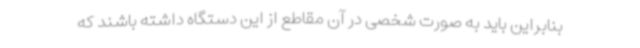
بنابراین باید به صورت شخصی در آن مقاطع از این دستگاه داشته باشند که